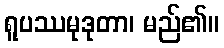
ရူပဿမုဒုတာ၊ မည်၏။